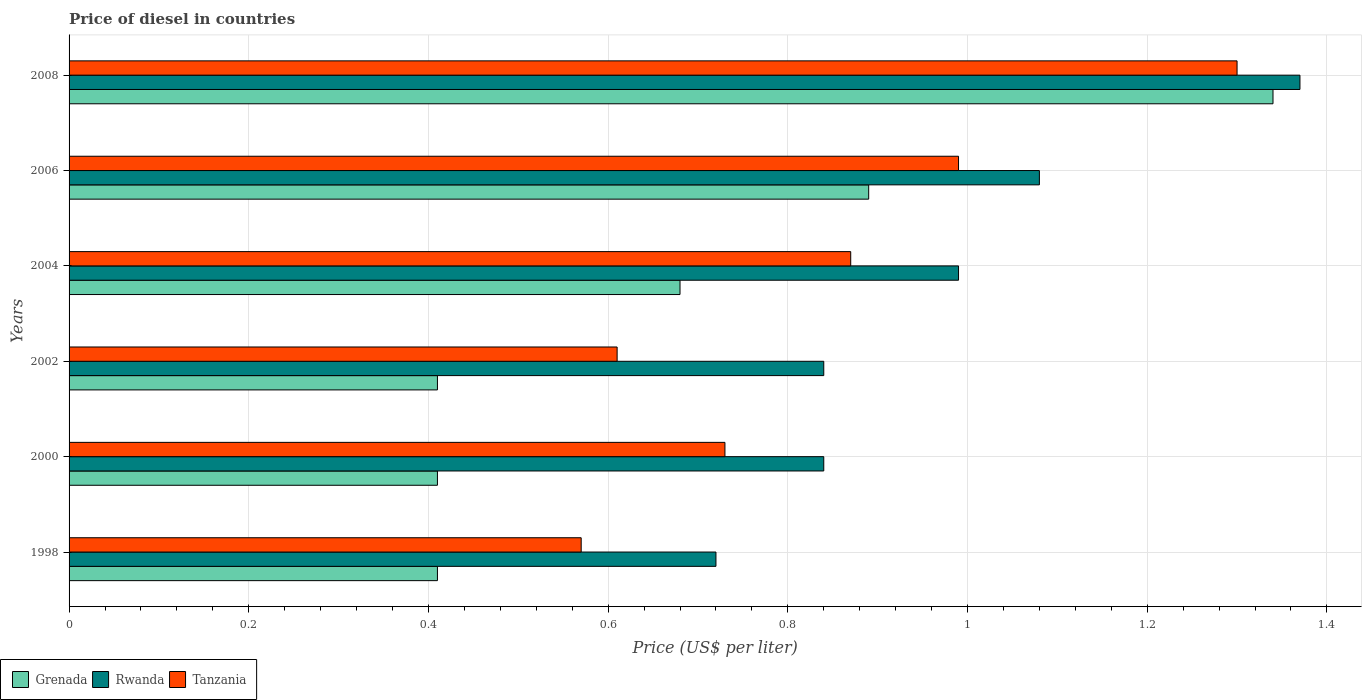
| Years | Grenada | Rwanda | Tanzania |
 | --- | --- | --- | --- |
 | 1998 | 0.41 | 0.72 | 0.57 |
 | 2000 | 0.41 | 0.84 | 0.73 |
 | 2002 | 0.41 | 0.84 | 0.61 |
 | 2004 | 0.68 | 0.99 | 0.87 |
 | 2006 | 0.89 | 1.08 | 0.99 |
 | 2008 | 1.34 | 1.37 | 1.3 |